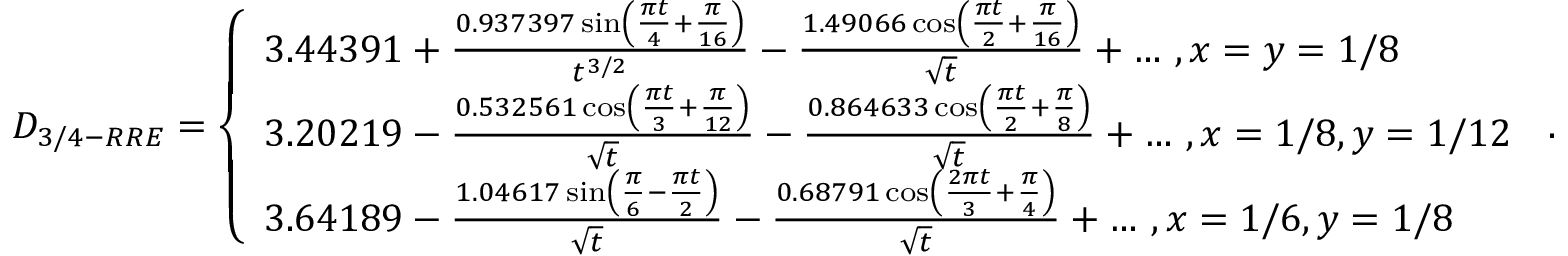
D _ { 3 / 4 - R R E } = \left\{ \begin{array} { l l } { 3 . 4 4 3 9 1 + \frac { 0 . 9 3 7 3 9 7 \sin \left( \frac { \pi t } { 4 } + \frac { \pi } { 1 6 } \right) } { t ^ { 3 / 2 } } - \frac { 1 . 4 9 0 6 6 \cos \left( \frac { \pi t } { 2 } + \frac { \pi } { 1 6 } \right) } { \sqrt { t } } + \dots \, , x = y = 1 / 8 } \\ { 3 . 2 0 2 1 9 - \frac { 0 . 5 3 2 5 6 1 \cos \left( \frac { \pi t } { 3 } + \frac { \pi } { 1 2 } \right) } { \sqrt { t } } - \frac { 0 . 8 6 4 6 3 3 \cos \left( \frac { \pi t } { 2 } + \frac { \pi } { 8 } \right) } { \sqrt { t } } + \dots \, , x = 1 / 8 , y = 1 / 1 2 } \\ { 3 . 6 4 1 8 9 - \frac { 1 . 0 4 6 1 7 \sin \left( \frac { \pi } { 6 } - \frac { \pi t } { 2 } \right) } { \sqrt { t } } - \frac { 0 . 6 8 7 9 1 \cos \left( \frac { 2 \pi t } { 3 } + \frac { \pi } { 4 } \right) } { \sqrt { t } } + \dots \, , x = 1 / 6 , y = 1 / 8 } \end{array} \right. \, .